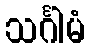
သင်္ဂါမံ